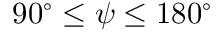
9 0 ^ { \circ } \le \psi \le 1 8 0 ^ { \circ }